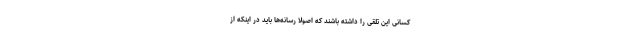
کسانی این تلقی را داشته باشند که اصولاً رسانه‌ها باید در اینکه از